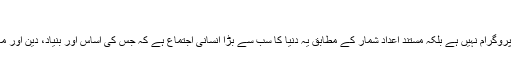
(3)
شہدائے کربلا کا چہلم معمول کی کوئی سادہ سی رسم یا مجلس کا معمولی سا پروگرام نہیں ہے بلکہ مستند اعداد شمار کے مطابق یہ دنیا کا سب سے بڑا انسانی اجتماع ہے کہ جس کی اساس اور بنیاد، دین اور معنونیت پر استوار ہے کہ جس پر اس وقت ساری دنیا کی توجہ لگی ہوئی ہے۔